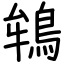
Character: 鴾